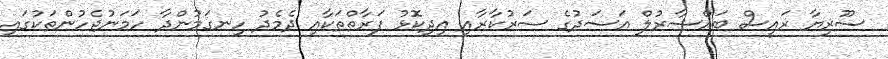
ސޫރިޔާ ރައީސް ބައްޝާރުލް އަސަދުގެ ސަރުކާރާއި އިދިކޮޅު ފަރާތްތަކާއި ދެމެދު ހިނގަމުންދާ ހަމަނުޖެހުންތަކުގައި